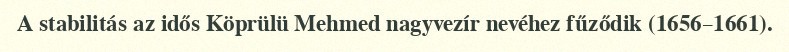
A stabilitás az idős Köprülü Mehmed nagyvezír nevéhez fűződik (1656–1661).